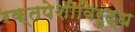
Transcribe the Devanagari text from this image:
रक्तपेशीविरुद्ध